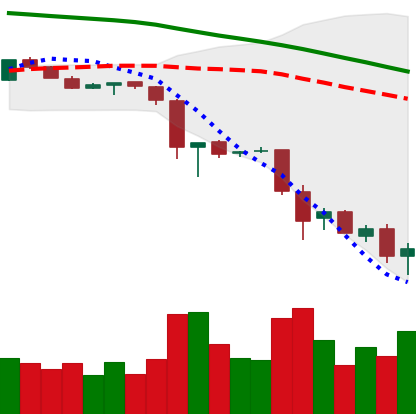
Ticker: EOS-USD
Chart end date: 2018-11-25
Forward return: -13.945%
Label: down_7plus